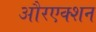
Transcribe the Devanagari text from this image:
औरएक्शन